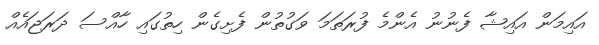
އައިމަން އައިޝާ ފެނުނު އެންމެ ފުރަތަމަ ވަގުތުން ފެށިގެން ހިތުގައި ހާއްސަ ދަރަޖައެއް